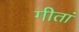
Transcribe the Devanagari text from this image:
गीतां